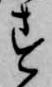
す